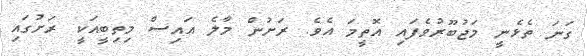
ގަނަ ތެޅެނީ މަޖުބޫރުވެފައި އޮތީމަ އެވެ. ރަށުން މާލެ އައިސް މިތިބީއަކީ ރަށުގައި